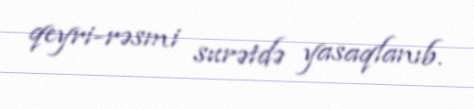
qeyri-rəsmi surətdə yasaqlanıb.